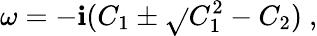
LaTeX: \omega=-\mathbf{i}(C_{1}\pm\sqrt{}{{C_{1}^{2}-C_{2}}})\ ,